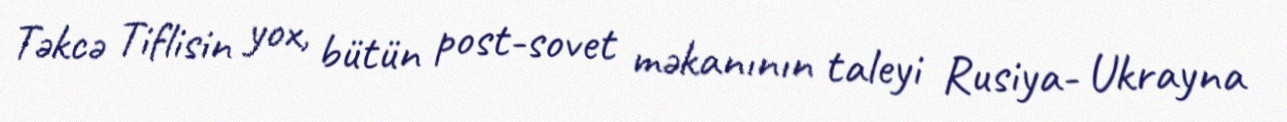
Təkcə Tiflisin yox, bütün post-sovet məkanının taleyi Rusiya- Ukrayna